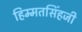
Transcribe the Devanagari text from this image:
हिम्मतसिंहजी